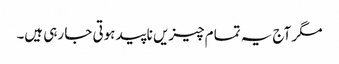
مگر آج یہ تمام چیزیں ناپید ہوتی جا رہی ہیں۔